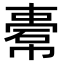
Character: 𢄿